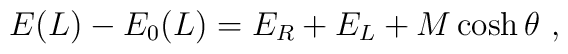
E(L)-E_{0}(L)=E_{R}+E_{L}+M\cosh \theta\ ,